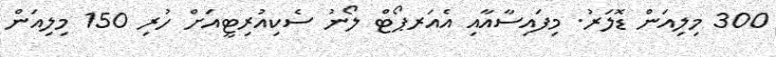
300 މިލިއަން ޑޮލަރު. މިފައިސާއާއި އެއަރޕޯޓް ލޯނު ސެކިއުރިޓީއަށް ހުރި 150 މިލިއަން